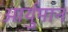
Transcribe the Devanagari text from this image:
आर्युमान